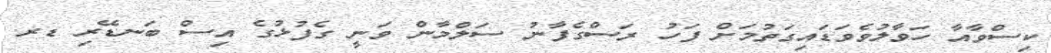
ކިސްވާއާ ހަވާލުވެވަޑައިގަތުމަށް ފަހު ރަސްގެފާނު ސަލްމާން ވަނީ ގެފުޅުގެ އިސް ބަނޑޭރި ޑރ.